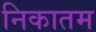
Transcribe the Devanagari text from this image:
निकातम